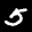
Label: 5